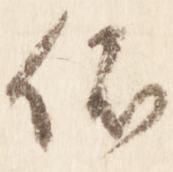
依